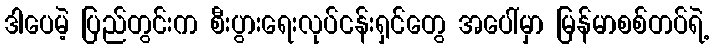
ဒါပေမဲ့ ပြည်တွင်းက စီးပွားရေးလုပ်ငန်းရှင်တွေ အပေါ်မှာ မြန်မာစစ်တပ်ရဲ့